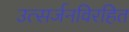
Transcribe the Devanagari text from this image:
उत्सर्जनविरहित